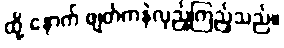
ထို့ နောက် ဖျတ်ကနဲလှည့်ကြည့်သည်။